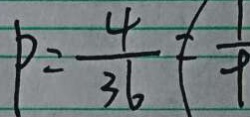
P = \frac { 4 } { 3 6 } = \frac { 1 } { 9 }